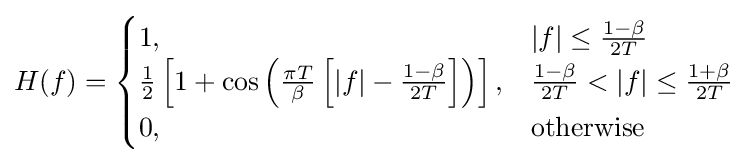
H(f)={\begin{cases}1,&|f|\leq {\frac {1-\beta }{2T}}\\{\frac {1}{2}}\left[1+\cos \left({\frac {\pi T}{\beta }}\left[|f|-{\frac {1-\beta }{2T}}\right]\right)\right],&{\frac {1-\beta }{2T}}<|f|\leq {\frac {1+\beta }{2T}}\\0,&{\text{otherwise}}\end{cases}}